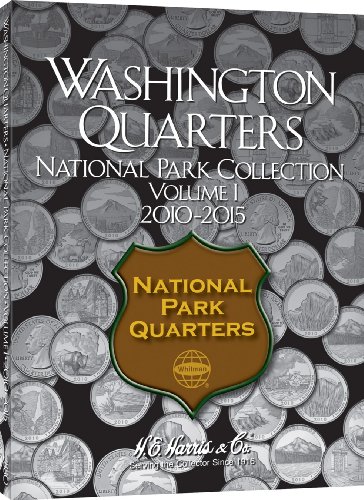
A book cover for H.E. Harris Nat Park Folder Vol 1 2010-2015; Whitman Publishing; Crafts, Hobbies & Home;